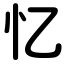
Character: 忆